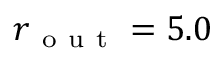
r _ { \mathrm { ~ o ~ u ~ t ~ } } = 5 . 0